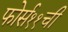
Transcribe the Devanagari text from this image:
फोर्स११ची